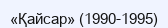
«Қайсар» (1990-1995)